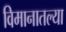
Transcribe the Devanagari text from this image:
विमानातल्या